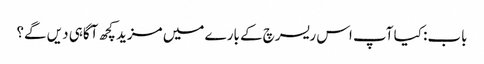
باب: کیا آپ اس ریسرچ کے بارے میں مزید کچھ آگاہی دیں گے؟